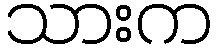
သားက